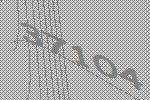
37104